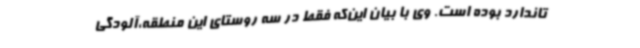
تاندارد بوده است. وی با بیان این‌که فقط در سه روستای این منطقه،آلودگی